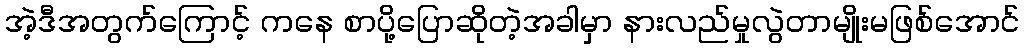
အဲ့ဒီအတွက်ကြောင့် ကနေ စာပို့ပြောဆိုတဲ့အခါမှာ နားလည်မှုလွဲတာမျိုးမဖြစ်အောင်